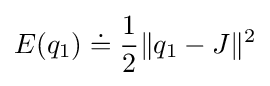
E(q_{1})\doteq {\frac {1}{2}}\|q_{1}-J\|^{2}